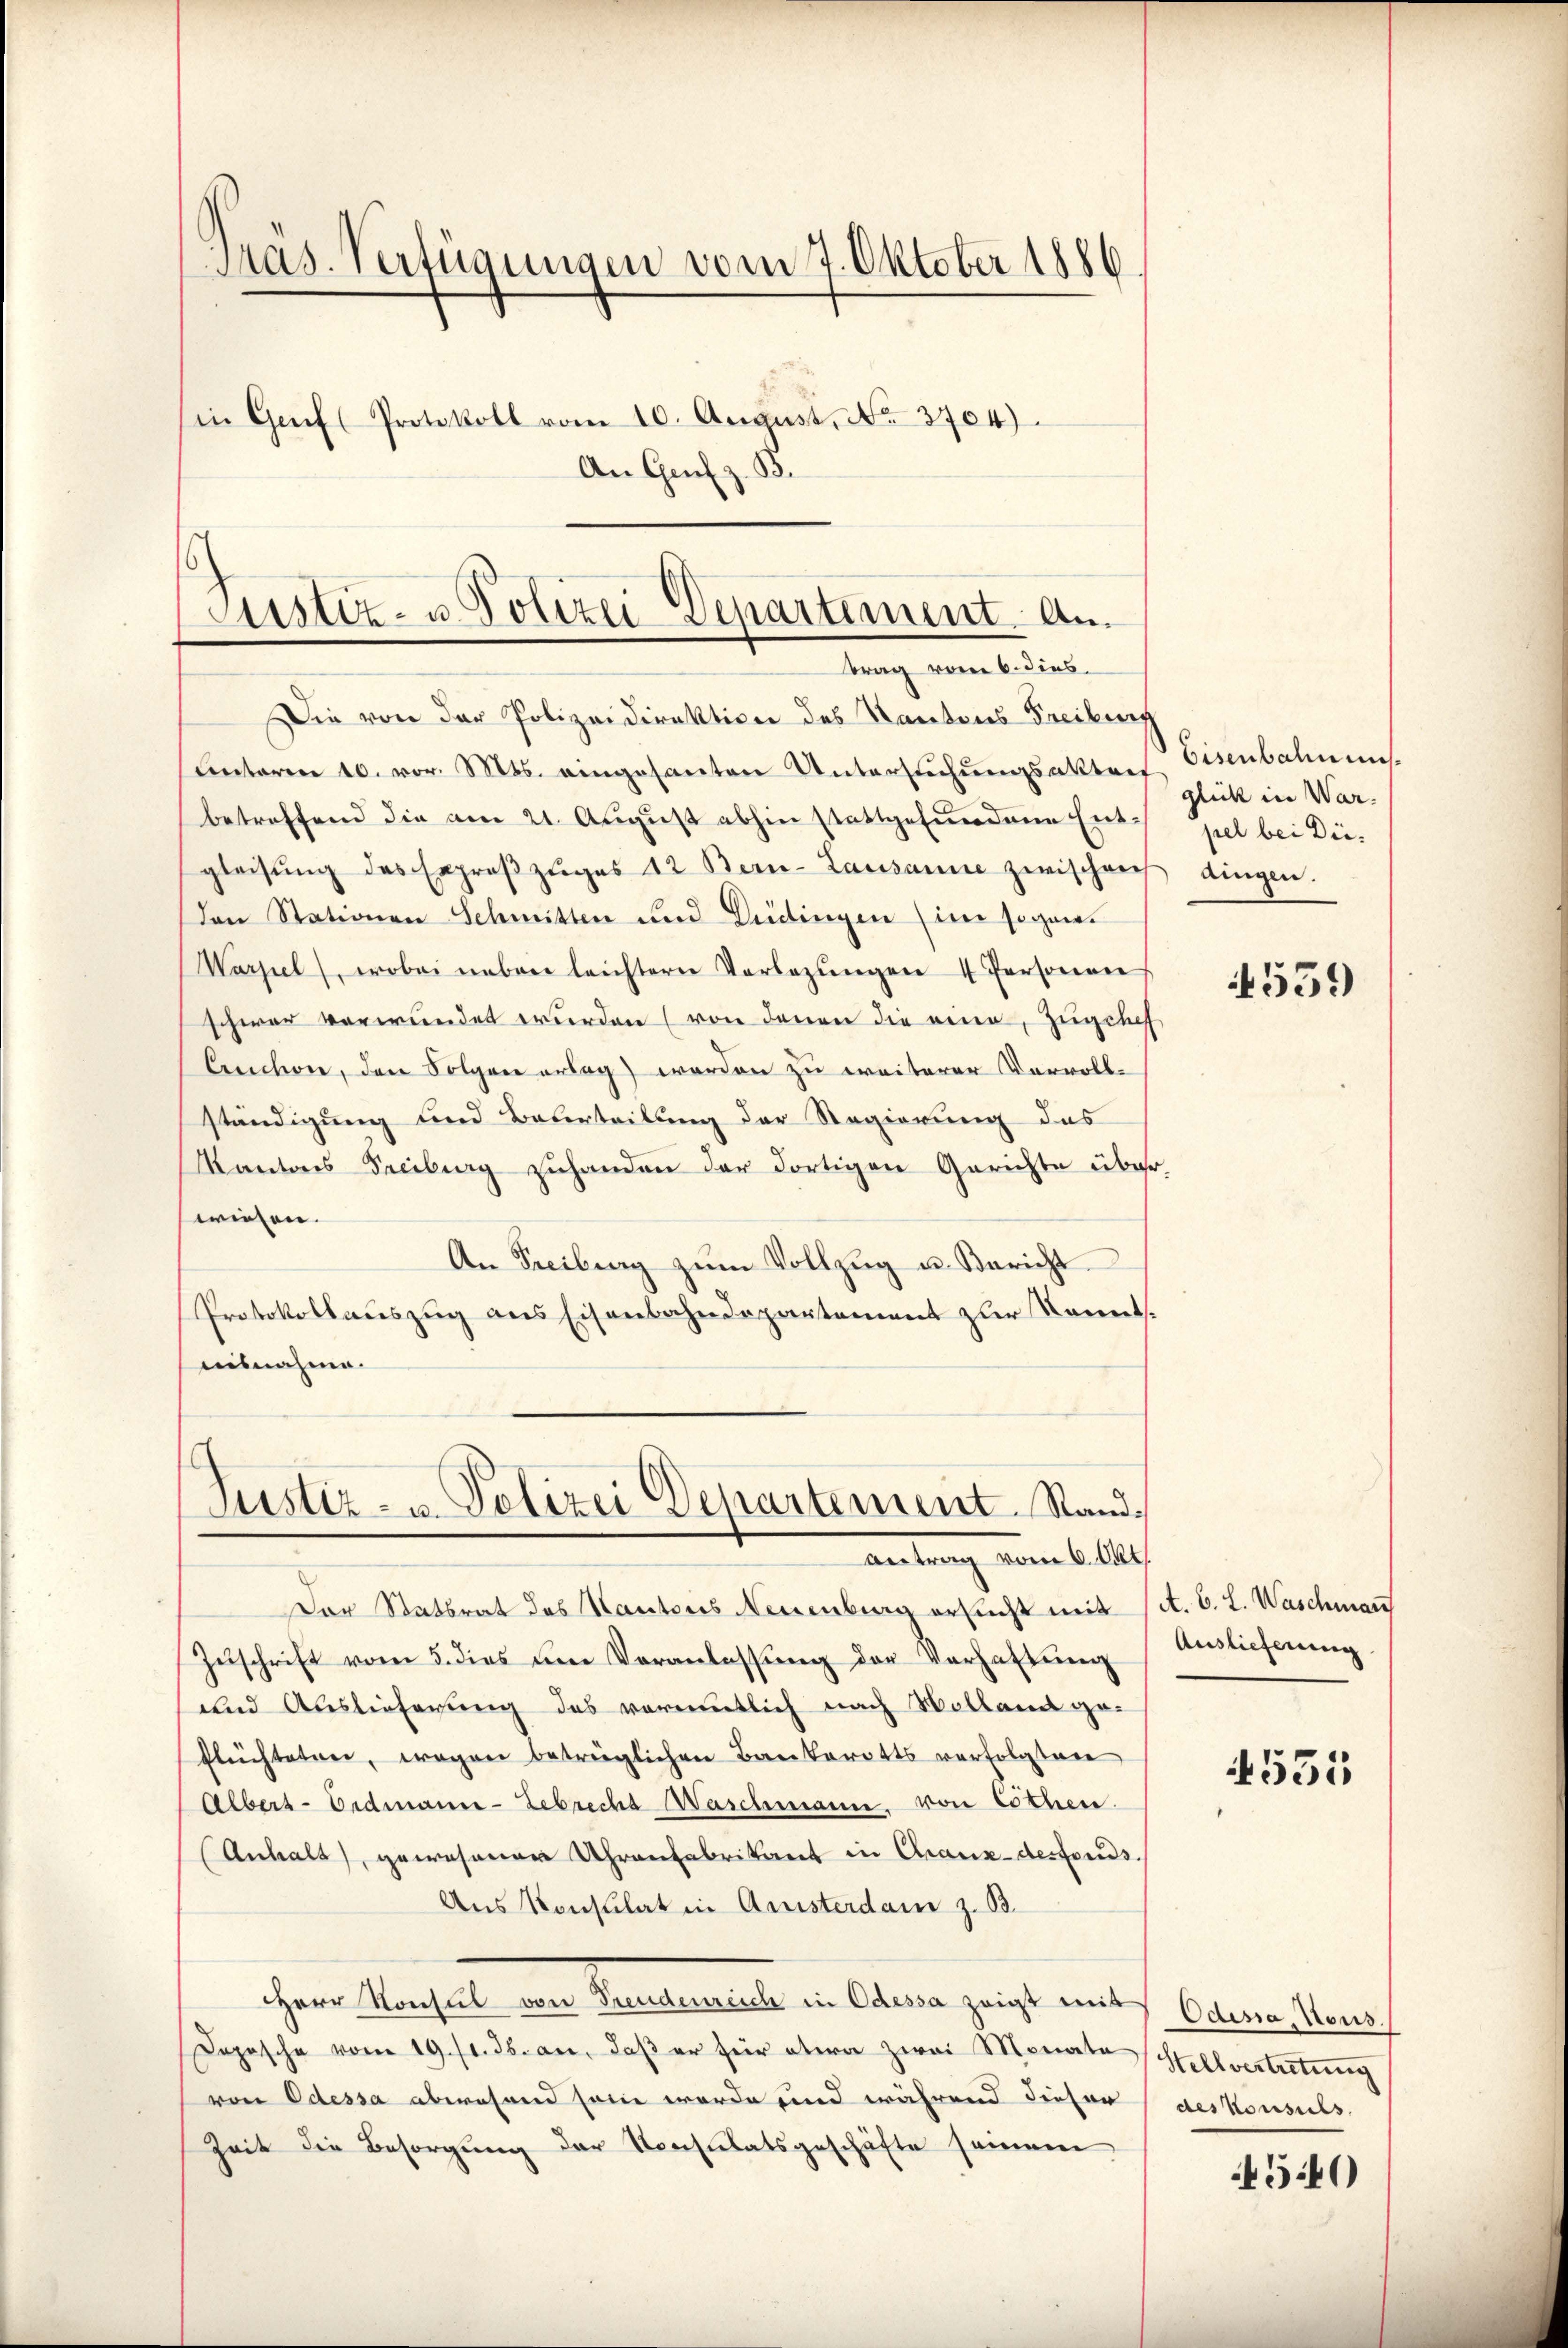
Pras. Verfügungen vom 7. Oktober 1886
in Genf (Protokoll vom 10. August. No. 3704).
An Genf z. B.

Justiz- u. Polizei-Departement. Antrag vom 6. dies

Die von der Polizeidirektion des Kantons Freiburg
Unterm 10. vor. Mts. eingesanten Untersuchungsaktres Eisenbahnens
betreffend die am 21. Aŭgŭst abhin stattgefundene Entspiel bei Diegleisŭng des Exproβzŭges 12 Bern-Lausanne zwischens dingen.
den Stationen Schmitten und Bedingen (im sogar
Warzel, wobei nebene leichtern Vorlegŭngen 4 Personen
schwer verwundet wurden (von denen die eine, Zugehef
Cuchon, den Folgen erlag werden zu weiterer Vervollständigung und Beterteilung der Regierung des
Kantons Freiburg zuhanden der dortigen Gerichte über,
wiesen.
An Freiburg zŭm Vollzŭg u. Bericht
Protokollauszug aus Eisenbahndepartement zur Kenntausnahme.

Justiz- u. Polizei Departement Standantrag vom 6. Okt.

Der Statsrat des Kantons Neuenburg ersucht mit sit. B. L. Waschman
Zŭschrift vom 5. dies um Veranlassŭng der Verhaltung
und Auslieferung des vormutlich nach Volland geflüchteten, wegen betrüglichen Bankerotts verfolgten
Albert-Eidmann-Zebreche Waschmann, von Lothen.
Anhalt, gewesener Uhrenfabrikant in Chaux-desfonds.
Aus Konsulat in Aristerdam z. B.
Herr Konsul von Freudenreich in Odessa zeigt mit Odessa, Nous.
Dopische vom 19. 11. ds. an, daß er für etwa zwei Monate Hellvertretung
von Odessa abwesend sein werde und während dieser (deskonsuls
Zeit die Besorgung der Konsulatsgeschäfte seien

glück in War¬

4559

Auslieferung

531

450